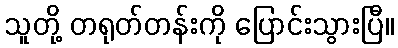
သူတို့ တရုတ်တန်းကို ပြောင်းသွားပြီ။